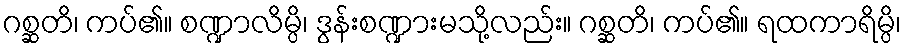
ဂစ္ဆတိ၊ ကပ်၏။ စဏ္ဍာလိမ္ပိ၊ ဒွန်းစဏ္ဍားမသို့လည်း။ ဂစ္ဆတိ၊ ကပ်၏။ ရထကာရိမ္ပိ၊